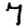
Digit: 7